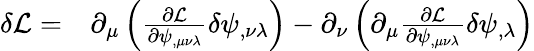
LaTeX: \begin{array}{rl}{\delta\mathcal L=}&{{}\partial_{\mu}\left(\frac{\partial\mathcal L}{\partial\psi_{,\mu\nu\lambda}}\delta\psi_{,\nu\lambda}\right)-\partial_{\nu}\left(\partial_{\mu}\frac{\partial\mathcal L}{\partial\psi_{,\mu\nu\lambda}}\delta\psi_{,\lambda}\right)}\end{array}